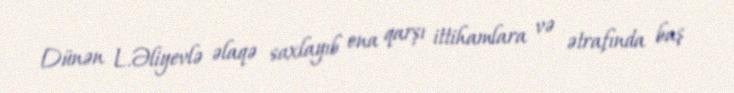
Dünən L.Əliyevlə əlaqə saxlayıb ona qarşı ittihamlara və ətrafında baş